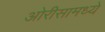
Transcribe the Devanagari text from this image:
ओरीसामध्ये